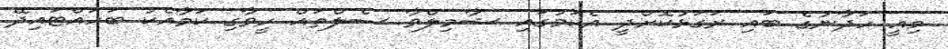
މިއީ ހަދާނުގެ ބައި ރަގަޅުކޮށްދީ އެކަމުގައި ޝާމިލްވާ ސެލްތައް ހީވާގި ކަމާއެކު ބަހައްޓައިދޭ